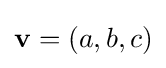
\mathbf {v} =(a,b,c)